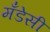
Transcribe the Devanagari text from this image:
मँडेसी